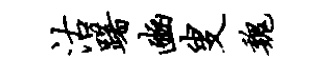
沽躇豳叟魏